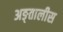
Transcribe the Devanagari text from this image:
अङ्तालीस